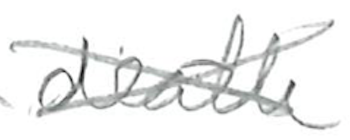
Text: death
Cross-out: cross
Writing tool: pencil